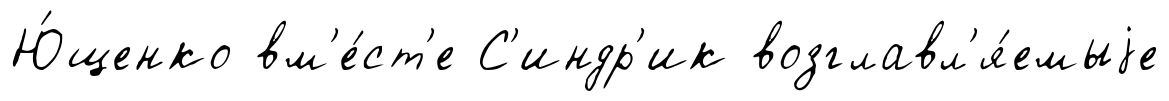
Ю́щенко вм'е́ст'е С'индр'ик возглавл'я́емыjе